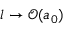
l \rightarrow \mathcal { O } ( a _ { 0 } )